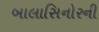
બાલાસિનોરની